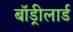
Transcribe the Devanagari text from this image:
बॉड्रीलार्ड